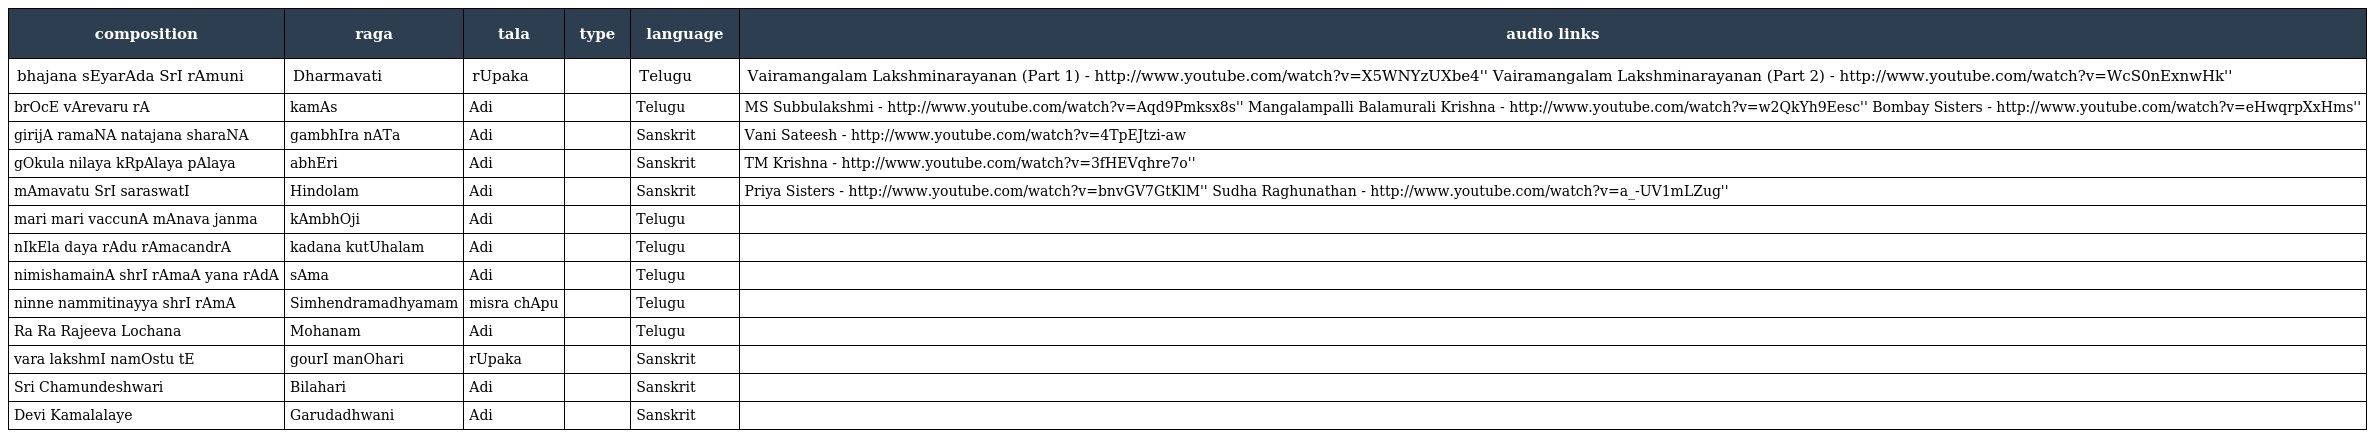
| composition | raga | tala | type | language | audio links |
 | --- | --- | --- | --- | --- | --- |
 | bhajana sEyarAda SrI rAmuni | Dharmavati | rUpaka |  | Telugu | Vairamangalam Lakshminarayanan (Part 1) - http://www.youtube.com/watch?v=X5WNYzUXbe4'' Vairamangalam Lakshminarayanan (Part 2) - http://www.youtube.com/watch?v=WcS0nExnwHk'' |
 | brOcE vArevaru rA | kamAs | Adi |  | Telugu | MS Subbulakshmi - http://www.youtube.com/watch?v=Aqd9Pmksx8s'' Mangalampalli Balamurali Krishna - http://www.youtube.com/watch?v=w2QkYh9Eesc'' Bombay Sisters - http://www.youtube.com/watch?v=eHwqrpXxHms'' |
 | girijA ramaNA natajana sharaNA | gambhIra nATa | Adi |  | Sanskrit | Vani Sateesh - http://www.youtube.com/watch?v=4TpEJtzi-aw |
 | gOkula nilaya kRpAlaya pAlaya | abhEri | Adi |  | Sanskrit | TM Krishna - http://www.youtube.com/watch?v=3fHEVqhre7o'' |
 | mAmavatu SrI saraswatI | Hindolam | Adi |  | Sanskrit | Priya Sisters - http://www.youtube.com/watch?v=bnvGV7GtKlM'' Sudha Raghunathan - http://www.youtube.com/watch?v=a_-UV1mLZug'' |
 | mari mari vaccunA mAnava janma | kAmbhOji | Adi |  | Telugu |  |
 | nIkEla daya rAdu rAmacandrA | kadana kutUhalam | Adi |  | Telugu |  |
 | nimishamainA shrI rAmaA yana rAdA | sAma | Adi |  | Telugu |  |
 | ninne nammitinayya shrI rAmA | Simhendramadhyamam | misra chApu |  | Telugu |  |
 | Ra Ra Rajeeva Lochana | Mohanam | Adi |  | Telugu |  |
 | vara lakshmI namOstu tE | gourI manOhari | rUpaka |  | Sanskrit |  |
 | Sri Chamundeshwari | Bilahari | Adi |  | Sanskrit |  |
 | Devi Kamalalaye | Garudadhwani | Adi |  | Sanskrit |  |